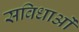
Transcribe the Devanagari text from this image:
सविधाओं